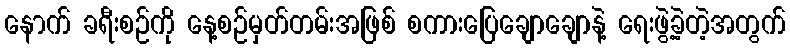
နောက် ခရီးစဉ်ကို နေ့စဉ်မှတ်တမ်းအဖြစ် စကားပြေချောချောနဲ့ ရေးဖွဲ့ခဲ့တဲ့အတွက်